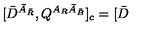
\lbrack \bar { D } ^ { \bar { A } _ { \bar { R } } } , Q ^ { A _ { R } \bar { A } _ { \bar { B } } } ] _ { c } = [ \bar { D }